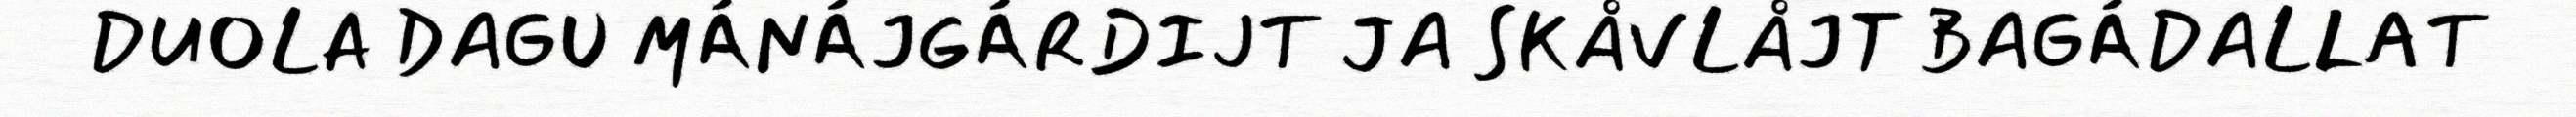
DUOLA DAGU MÁNÁJGÁRDIJT JA SKÅVLÅJT BAGÁDALLAT